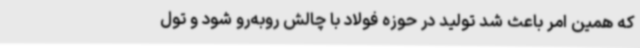
که همین امر باعث شد تولید در حوزه فولاد با چالش روبه‌رو شود و تول